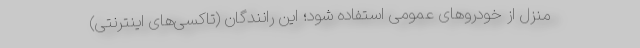
منزل از خودرو‌های عمومی استفاده شود؛ این رانندگان (تاکسی‌های اینترنتی)